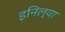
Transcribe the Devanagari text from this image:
इनिल्या